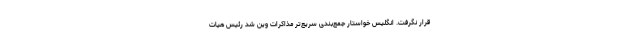
قرار نگرفت. انگلیس خواستار جمع‌بندی سریع‌تر مذاکرات وین شد رئیس هیات